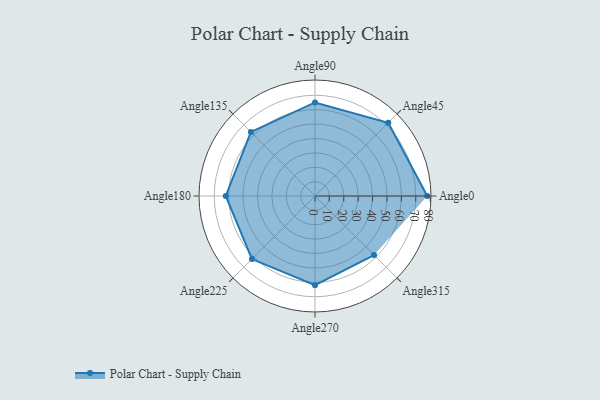
{"axis": {"x": "Angle", "y": "Radius"}, "legend": [""], "data": [{"x": "Angle0", "y": 78.0, "type": ""}, {"x": "Angle45", "y": 72.0, "type": ""}, {"x": "Angle90", "y": 65.0, "type": ""}, {"x": "Angle135", "y": 63.0, "type": ""}, {"x": "Angle180", "y": 62.0, "type": ""}, {"x": "Angle225", "y": 62.0, "type": ""}, {"x": "Angle270", "y": 62.0, "type": ""}, {"x": "Angle315", "y": 58.0, "type": ""}]}